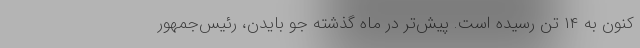
کنون به ۱۴ تن رسیده است. پیش‌تر در ماه گذشته جو بایدن، رئیس‌جمهور